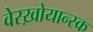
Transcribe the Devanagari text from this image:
वेरख़ोयान्स्क